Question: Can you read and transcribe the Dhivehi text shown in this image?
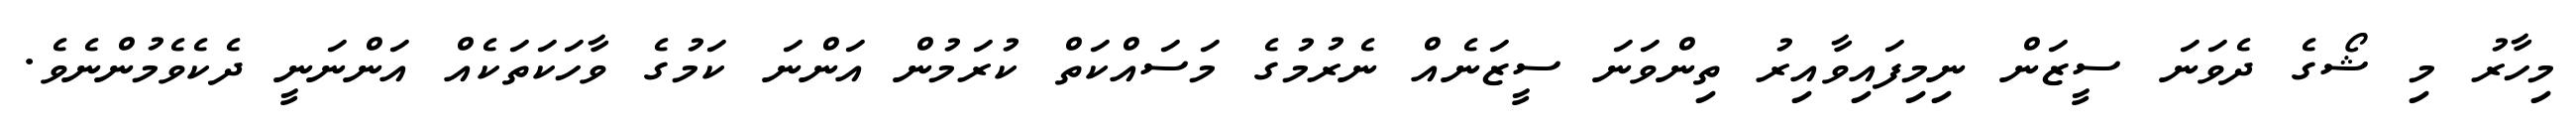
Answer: މިހާރު މި ޝޯގެ ދެވަނަ ސީޒަން ނިމިފައިވާއިރު ތިންވަނަ ސީޒަނެއް ނެރުމުގެ މަސައްކަތް ކުރަމުން އަންނަ ކަމުގެ ވާހަކަތަކެއް އަންނަނީ ދެކެވެމުންނެވެ.